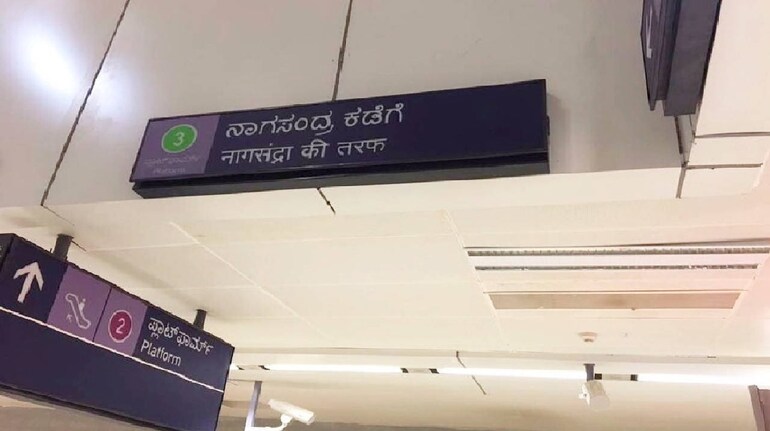
Language: kannada
Transcription: ನಾಗಸಂದ್ರಕಡೆಗೆ